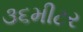
૩૬મીટર